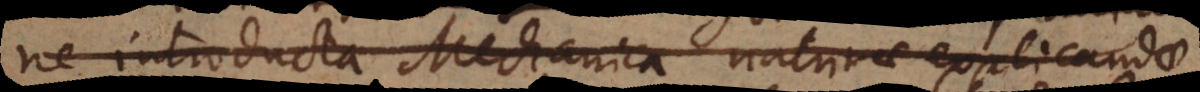
ne introducta Mechanica naturae explicandae